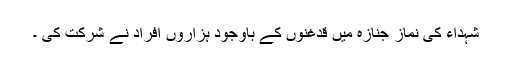
شہداء کی نماز جنازہ میں قدغنوں کے باوجود ہزاروں افراد نے شرکت کی ۔